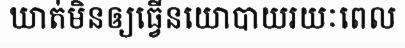
ឃាត់មិនឲ្យធ្វើនយោបាយរយៈពេល